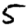
Digit: 5